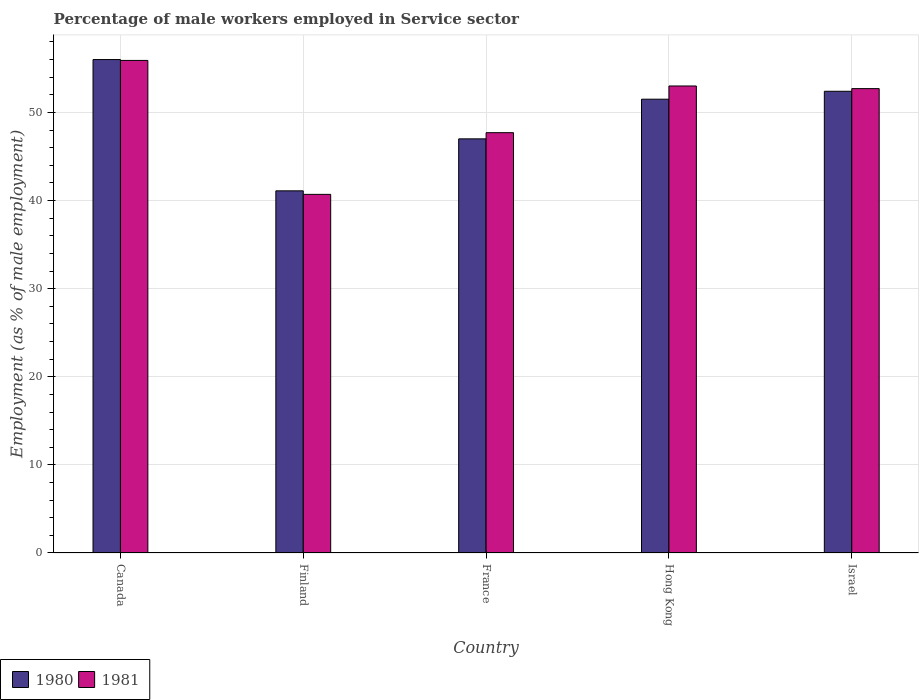
| Country | 1980 | 1981 |
 | --- | --- | --- |
 | Canada | 56 | 55.9 |
 | Finland | 41.1 | 40.7 |
 | France | 47 | 47.7 |
 | Hong Kong | 51.5 | 53 |
 | Israel | 52.4 | 52.7 |